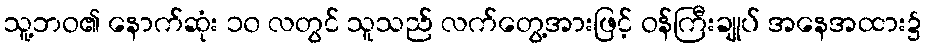
သူ့ဘဝ၏ နောက်ဆုံး ၁၀ လတွင် သူသည် လက်တွေ့အားဖြင့် ဝန်ကြီးချုပ် အနေအထား၌